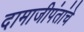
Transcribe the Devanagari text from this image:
दामाजीपंतांचे